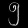
Digit: ၅